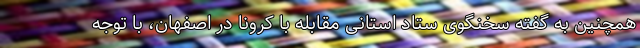
همچنین به گفته سخنگوی ستاد استانی مقابله با کرونا در اصفهان، با توجه